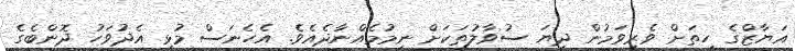
އަޔާޒްގެ ހިތަށް ވެރިވަމުން ދިޔަ ސުވާލުތަކަށް ނިމުމެއްނާދެއެވެ. އެހެނަސް މުޅި އެދުވަހު ދޮންބެގެ